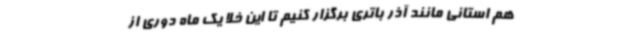
هم استانی مانند آذر باتری برگزار کنیم تا این خلا یک‌ ماه دوری از